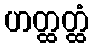
ဟတ္ထတ္ထံ